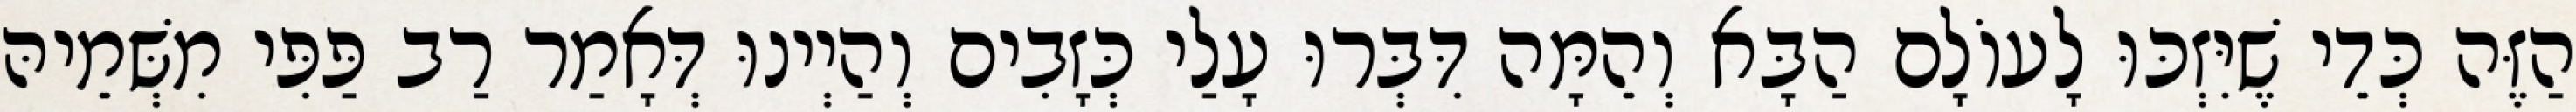
הַזֶּה כְּדֵי שֶׁיִּזְכּוּ לָעוֹלָם הַבָּא וְהֵמָּה דִּבְּרוּ עָלַי כְּזָבִים וְהַיְינוּ דְּאָמַר רַב פַּפִּי מִשְּׁמֵיהּ